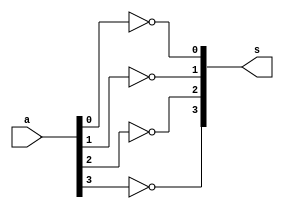
// ----------------------------------------------
// -- Exemplo0026 SOMADOR ALGEBRICO
// -- Alexandre Palmieri Sad
// -- 440265
// ----------------------------------------------
// ----------------------------------------------
// -- COMPLEMENTO DE 1 COM 4 BITS
// ----------------------------------------------
module comp1(s, a);
	output [3:0]s;
	input  [3:0]a;

	not A(s[0], a[0]);
	not B(s[1], a[1]);
	not C(s[2], a[2]);
	not D(s[3], a[3]);
endmodule

// ----------------------------------------------
// -- SOMA 1 A SAIDA DO CIRCUITO
// ----------------------------------------------
module somadorDe1(s, c, a);
	output s;
	output c;
	input  a;
	
	wire x1, x2;
	
	not N(x1, a);
	or  C(x2, x1, a);
	and A(c, x2, a);
	xor B(s, x2, a);
endmodule
// ----------------------------------------------
// -- HALF ADDER CONVENCIONAL
// ----------------------------------------------
module halfAdder(s, c, a, b);
	output s;
	output c;
	input  a;
	input  b;
	
	and A(c, a, b);
	xor B(s, a, b);
endmodule
// ----------------------------------------------
// -- COMPLEMENTO DE 2 COM 4 BITS
// ----------------------------------------------
module comp2(s, co, a);
	 output [3:0]s;
	 output  	co;
	 input  [3:0]a;
	 
	 wire [3:0]x;
	 wire [2:0]c;
	 comp1 COMP1(x, a);
	 somadorDe1 		  ADD  (s[0], c[0], x[0]);
	 halfAdder					A(s[1], c[1], x[1], c[0]);
	 halfAdder					B(s[2], c[2], x[2], c[1]);
	 halfAdder					C(s[3],   co, x[3], c[2]);
endmodule

// ---------------------------
// -- HALF ADDER
// ---------------------------
module halfAdder2(output s,
					  output carryOut,
						input a,
						input carryIn);
	xor A(carryOut, carryIn, a);
	and B(s, a, carryIn);
endmodule

// ---------------------------
// -- FULL ADDER
// ---------------------------
module fullAdder2(output s,
					  output carryOut,
					  input carryIn,
					  input a,
					  input b);
	
	wire c0, s0, s1;
	halfAdder2 A(s0, c0, a, carryIn);
	halfAdder2 B(s1, s, b, c0 );
	or 		 C(carryOut, s0, s1);
endmodule

// ---------------------------
// -- FULL ADDER 4Bits
// ---------------------------
module fullAdder4B(output [3:0]s,
						 output co,
							input[3:0]a,
							input[3:0]b,
							input ci);
	wire [2:0]c;
	fullAdder2 A(s[0], c[0], ci, b[0], a[0]);
	fullAdder2 B(s[1], c[1], c[0], a[1], b[1]);
	fullAdder2 C(s[2], c[2], c[1], a[2], b[2]);
	fullAdder2 D(s[3],   co, c[2], a[3], b[3]);

endmodule

// ----------------------------------------------
// -- Switch_2op_4Bits
// ----------------------------------------------
module switch(s, a , b, sw);
	output [3:0]s;
	input  [3:0]a;
	input  [3:0]b;
	input 	  sw;
	
	wire x0, x1, x2, x3;
	wire y0, y1, y2, y3, y4, y5, y6, y7;
	
	not N0(x0, sw);
	not N1(x1, sw);
	not N2(x2, sw);
	not N3(x3, sw);
	and  A(y0, x0, a[3]);
	and  B(y1, sw, b[3]);
	and  C(y2, x1, a[2]);
	and  D(y3, sw, b[2]);
	and  E(y4, x2, a[1]);
	and  F(y5, sw, b[1]);
	and  G(y6, x3, a[0]);
	and  H(y7, sw, b[0]);
	or	  I(s[3], y0, y1);
	or   J(s[2], y2, y3);
	or   K(s[1], y4, y5);
	or   L(s[0], y6, y7);
endmodule // -- fim modulo

// ----------------------------------------------
// -- ZERADOR DE BITS
// ----------------------------------------------
module zerador(s, a);
	output s;
	input  a;
	
	wire x;
	
	not N(x, a);
	and A(s, x, a);
endmodule // -- fim modulo

// ----------------------------------------------
// -- INCREMENTADOR
// ----------------------------------------------
module incremento(s, a);
	output [3:0]s;
	input  [0:3]a; // -- tive que mudar a ordem
						// -- para dar certo
	
	wire x0, x1, x2, x3, x4, x5;
	wire y0, y1, y2, y3, y4, y5, y6, y7, y8;
	wire w0, w1, w2, w3;
	wire z0, z1, z2;
	
	not N0(x0, a[1]);
	not N1(x1, a[2]);
	not N2(x2, a[2]);
	not N3(x3, a[3]);
	not N4(x4, a[1]);
	not N5(x5, a[3]);
	
	and  A(y0, x0, x1);
	xor  B(y1, a[1], a[2]);
	and  C(y2, a[1], a[2]);
	xor  D(y3, a[0], a[3]);
	and  E(y4, x2, x3);
	xor  F(y5, a[2], a[3]);
	and  G(y6, a[2], a[3]);
	xor  H(y7, a[0], a[1]);
	xnor I(y8, a[0], a[1]);
	
	or   j(w0, y0, y1);
	and  K(w1, y2, y3);
	or   L(w2, y4, y5);
	or   M(w3, y7, y8);
	
	and  N(z0, a[0], w0);
	and  O(z1, a[1], w2);
	and  P(z2, x4, y6);
	
	or   Q(s[3], z0, w1);
	or   R(s[2], z1, z2);
	and  S(s[1], y5, w3);
	and  T(s[0], w3, x5);

endmodule

// ----------------------------------------------
// -- DETECTOR DE ZEROS
// ----------------------------------------------
module detectorZ(s, a);
	output 		s;
	input  [3:0]a;
	
	wire x0, x1, x2, x3;
	wire y0, y1;
	
	not N0(x0, a[3]);
	not N1(x1, a[2]);
	not N2(x2, a[1]);
	not N3(x3, a[0]);
	and  A(y0, x0, x1);
	and  B(y1, x2, x3);
	and  C(s, y0, y1);
endmodule

// -------------------------------------------------
// -- HALF SUBTRACTOR
// -------------------------------------------------
module halfSubtractor(co, s0, a, c);
	output co;
	output s0;
	input   a;
	input   c;
	wire x1;
	xor A(s0, a, c);
	not N1(x1, a);
	and B(co, x1, c);
endmodule

// -------------------------------------------------
// -- FULL SUBTRACTOR
// -------------------------------------------------
module fullSubtractor(co, s0, a, b, c);
	output s0;
	output co;
	input   a;
	input   b;
	input   c;
	
	wire x1, x2, x3;
	halfSubtractor A(x2, x1, a, b);
	halfSubtractor B(x3, s0, x1, c);
	or 				C(co, x3, x2);
endmodule


// -------------------------------------------------
// -- SUBTRATOR DE UM
// -------------------------------------------------
module oneSubtractor(s, co, a);
	output [3:0]s;
	output co;
	input  [3:0]a;
	
	wire	x1, x2, x3;
	wire  y0, y1, y2, y3;
	wire w;
	wire n1;
	
	not N(n1, a[0]);
	or  O(w, n1, a[0]);
	
	zerador 		  Z0(y0, a[0]);
	zerador       Z1(y1, a[1]);
	zerador 		  Z2(y2, a[2]);
	zerador       Z3(y3, a[3]);
	
	fullSubtractor A(x1, s[0], a[0], y0, w);
	fullSubtractor B(x2, s[1], a[1], y1, x1);
	fullSubtractor C(x3, s[2], a[2], y2, x2);
	fullSubtractor D(co, s[3], a[3], y3, x3);
endmodule

// ----------------------------------------------
// -- SOMADOR ALGEBRICO PARA 4 BITS
// ----------------------------------------------
module somadorAlgebrico(s, cont, subt, dz, co, cs, a, b, sw);
// -- Variaveis de entrada do modulo
	output [3:0]s;
	output [3:0]cont;
	output [3:0]subt;
	output 	  co;
	output     cs;
	output 	  dz;
	input  [3:0]a;
	input  [3:0]b;
	input  	  sw;

// -- conexoes auxiliares
	wire  [3:0]scomp;
	wire  [3:0]smux4;
	wire	bdC2;
	wire  cOut;
	wire  cIn;
	wire 	x;
// -- circuitos do modulo
	comp2 		COMP2(scomp, co, b);
	incremento  INC01(cont, b);
	zerador		ZBIT1(x, bdC2); 	
	switch		MUX4B(smux4, b, scomp, sw);
	zerador		ZBIT2(cIn, sw);
	fullAdder4B ADDER(s, cOut, a, smux4, cIn);
	detectorZ	ZDTEC(dz, s);
	oneSubtractor SUB(subt, cs, b);
		
endmodule // -- fim modulo



// ----------------------------------------------
// -- MODULO DE TESTES
// ----------------------------------------------
module somadorAlegebricoTeste;
	reg  [3:0]a;
	reg  [3:0]b;
	reg 		sw;
	wire 		co;
	wire     cs;
	wire     dz;
	wire [3:0]s;
	wire [3:0]cont;
	wire [3:0]subt;
	
	
	somadorAlgebrico A(s, cont, subt, dz, co, cs, a, b, sw);
	
	initial begin:start
		a  = 4'b0000;
		b  = 4'b0000;
		sw = 0;
	end
	
	initial begin
		$display("-------------------------------------------");
		$display("Exemplo0034 - SOMADOR ALGEBRICO");
		$display("Decrementar 1 no operador B");
		$display("Alexandre Palmieri Sad - 440265");
		$display("-------------------------------------------");
		$display("  a     b   saida    zero  inc    dec");
		$monitor("%4b + %4b = %4b -> %b -> %4b -> %4b", a, b, s, dz, cont, subt);
		
	#1
		a = 4'b0001; b = 4'b0001;
	#1
		a = 4'b0001; b = 4'b0000;	
	#1
		a = 4'b0001; b = 4'b0010;
	#1
		a = 4'b0001; b = 4'b0011;
	#1
		a = 4'b0001; b = 4'b0100;
	#1
		a = 4'b0001; b = 4'b0101;
	#1
		a = 4'b0001; b = 4'b0110;
	#1
		a = 4'b0001; b = 4'b0111;
	#1
		a = 4'b0001; b = 4'b1000;
// -- 8		
	#1
		a = 4'b0010; b = 4'b0001;
	#1
		a = 4'b0010; b = 4'b0000;	
	#1
		a = 4'b0010; b = 4'b0010;
	#1
		a = 4'b0010; b = 4'b0011;
	#1
		a = 4'b0010; b = 4'b0100;
	#1
		a = 4'b0010; b = 4'b0101;
	#1
		a = 4'b0010; b = 4'b0110;
	#1
		a = 4'b0010; b = 4'b0111;
	#1
		a = 4'b0010; b = 4'b1000;
// -- 16		
	#1
		a = 4'b0011; b = 4'b0001;
	#1
		a = 4'b0011; b = 4'b0000;	
	#1
		a = 4'b0011; b = 4'b0010;
	#1
		a = 4'b0011; b = 4'b0011;
	#1
		a = 4'b0011; b = 4'b0100;
	#1
		a = 4'b0011; b = 4'b0101;
	#1
		a = 4'b0011; b = 4'b0110;
	#1
		a = 4'b0011; b = 4'b0111;
	#1
		a = 4'b0011; b = 4'b1000;
// -- 32		
	#1
		a = 4'b0100; b = 4'b0001;
	#1
		a = 4'b0100; b = 4'b0000;	
	#1
		a = 4'b0100; b = 4'b0010;
	#1
		a = 4'b0100; b = 4'b0011;
	#1
		a = 4'b0100; b = 4'b0100;
	#1
		a = 4'b0100; b = 4'b0101;
	#1
		a = 4'b0100; b = 4'b0110;
	#1
		a = 4'b0100; b = 4'b0111;
	#1
		a = 4'b0100; b = 4'b1000;
	#1
		a = 4'b1111; b = 4'b1111;
	#1
		sw = 1;
	$display("-------------------------------------------");
	$display("  a     b   saida    zero  inc    dec");
	$monitor("%4b + %4b = %4b -> %b -> %4b -> %4b", a, b, s, dz, cont, subt);
// -- teste com o switch para subtracao
	#1
		a = 4'b0001; b = 4'b0001;
	#1
		a = 4'b0001; b = 4'b0000;	
	#1
		a = 4'b0001; b = 4'b0010;
	#1
		a = 4'b0001; b = 4'b0011;
	#1
		a = 4'b0001; b = 4'b0100;
	#1
		a = 4'b0001; b = 4'b0101;
	#1
		a = 4'b0001; b = 4'b0110;
	#1
		a = 4'b0001; b = 4'b0111;
	#1
		a = 4'b0001; b = 4'b1000;
// -- 8		
	#1
		a = 4'b0010; b = 4'b0001;
	#1
		a = 4'b0010; b = 4'b0000;	
	#1
		a = 4'b0010; b = 4'b0010;
	#1
		a = 4'b0010; b = 4'b0011;
	#1
		a = 4'b0010; b = 4'b0100;
	#1
		a = 4'b0010; b = 4'b0101;
	#1
		a = 4'b0010; b = 4'b0110;
	#1
		a = 4'b0010; b = 4'b0111;
	#1
		a = 4'b0010; b = 4'b1000;
// -- 16		
	#1
		a = 4'b0011; b = 4'b0001;
	#1
		a = 4'b0011; b = 4'b0000;	
	#1
		a = 4'b0011; b = 4'b0010;
	#1
		a = 4'b0011; b = 4'b0011;
	#1
		a = 4'b0011; b = 4'b0100;
	#1
		a = 4'b0011; b = 4'b0101;
	#1
		a = 4'b0011; b = 4'b0110;
	#1
		a = 4'b0011; b = 4'b0111;
	#1
		a = 4'b0011; b = 4'b1000;
// -- 32		
	#1
		a = 4'b0100; b = 4'b0001;
	#1
		a = 4'b0100; b = 4'b0000;	
	#1
		a = 4'b0100; b = 4'b0010;
	#1
		a = 4'b0100; b = 4'b0011;
	#1
		a = 4'b0100; b = 4'b0100;
	#1
		a = 4'b0100; b = 4'b0101;
	#1
		a = 4'b0100; b = 4'b0110;
	#1
		a = 4'b0100; b = 4'b0111;
	#1
		a = 4'b0100; b = 4'b1000;
	#1
		a = 4'b1111; b = 4'b1111;		
	end
endmodule